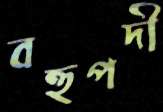
বহুপদী